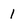
Character: 1